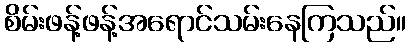
စိမ်းဖန့်ဖန့်အရောင်သမ်းနေကြသည်။